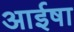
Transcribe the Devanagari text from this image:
आईषा